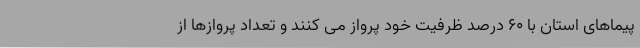
پیماهای استان با ۶۰ درصد ظرفیت خود پرواز می کنند و تعداد پروازها از